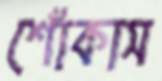
শোঁকাস